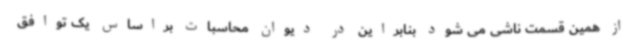
از همین قسمت ناشی می شود بنابراین در دیوان محاسبات براساس یک توافق